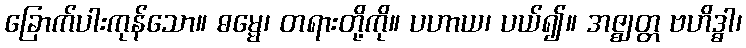
ခြောက်ပါးကုန်သော။ ဓမ္မေ၊ တရားတို့ကို။ ပဟာယ၊ ပယ်၍။ အဇ္ဈတ္တ ဗဟိဒ္ဓါ၊